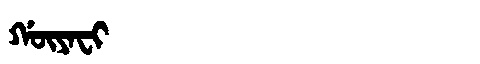
Manchu: ᡤᡡᠶᠠᠸᡳ
Romanization: GŪYAFI